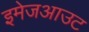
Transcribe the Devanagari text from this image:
इमेजआउट